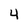
Character: 4